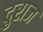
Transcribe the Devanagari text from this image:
दुराज